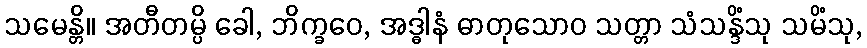
သမေန္တိ။ အတီတမ္ပိ ခေါ, ဘိက္ခဝေ, အဒ္ဓါနံ ဓာတုသောဝ သတ္တာ သံသန္ဒိံသု သမိံသု,